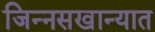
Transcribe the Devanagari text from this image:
जिन्नसखान्यात